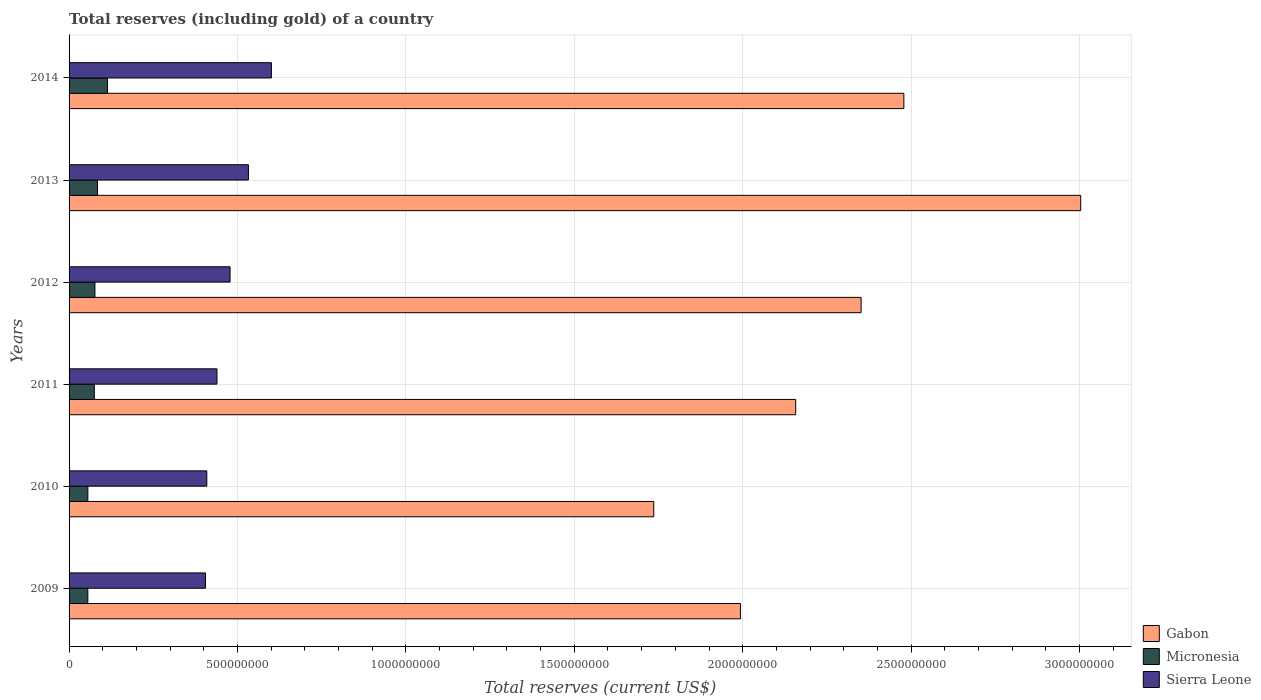
| Years | Gabon | Micronesia | Sierra Leone |
 | --- | --- | --- | --- |
 | 2009 | 1.99e+09 | 5.57e+07 | 4.05e+08 |
 | 2010 | 1.74e+09 | 5.58e+07 | 4.09e+08 |
 | 2011 | 2.16e+09 | 7.51e+07 | 4.39e+08 |
 | 2012 | 2.35e+09 | 7.68e+07 | 4.78e+08 |
 | 2013 | 3e+09 | 8.43e+07 | 5.33e+08 |
 | 2014 | 2.48e+09 | 1.14e+08 | 6.01e+08 |